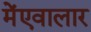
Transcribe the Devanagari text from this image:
मेंएवालार